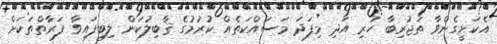
އެކަށީގެންވާ ތަޖުރިބާ ހުރި އަދި މިފަދަ މަސައްކަތެއް ކުރުމުގެ ޤާބިލުކަން ލިބިފައިވާ ފަރާތްތަކަށް